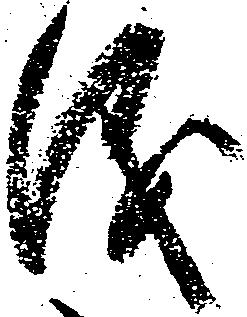
儀